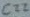
Text: C22